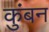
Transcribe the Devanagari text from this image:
कुंबन